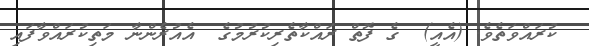
ކުރައްވަތެވެ. (އެއީ)  ގެ ފޮތް ރައްކާތެރިކުރުމުގެ  އެއުރެންނާ މަތިކުރައްވާފައި